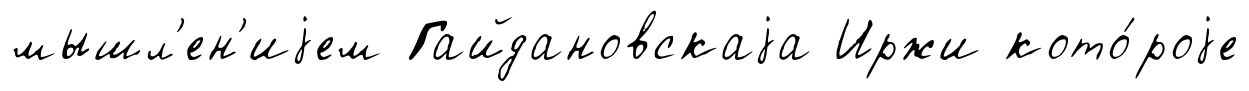
мышл'ен'иjем Гайдановскаjа Иржи кото́роjе